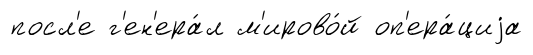
посл'е г'ен'ера́л м'ирово́й оп'ера́циjа